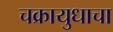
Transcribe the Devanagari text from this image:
चक्रायुधाचा